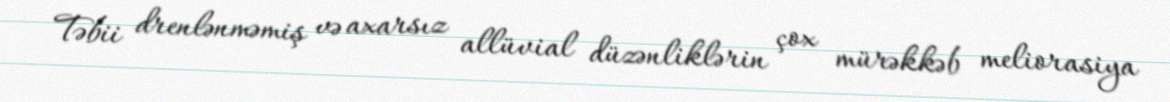
Təbii drenlənməmiş və axarsız allüvial düzənliklərin çox mürəkkəb meliorasiya